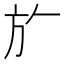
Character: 𭤨